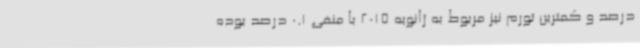
درصد و کمترین تورم نیز مربوط به ژانویه 2015 با منفی 0.1 درصد بوده